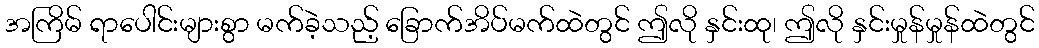
အကြိမ် ရာပေါင်းများစွာ မက်ခဲ့သည့် ခြောက်အိပ်မက်ထဲတွင် ဤလို နှင်းထု၊ ဤလို နှင်းမှုန်မှုန်ထဲတွင်